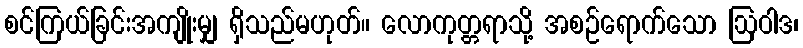
စင်ကြယ်ခြင်းအကျိုးမျှ ရှိသည်မဟုတ်။ လောကုတ္တရာသို့ အစဉ်ရောက်သော ဩဝါဒ၊